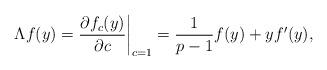
LaTeX: \begin{align*}\Lambda f(y)=\frac{\partial f_c(y)}{\partial c}\bigg|_{c=1}=\frac{1}{p-1}f(y)+yf'(y),\end{align*}